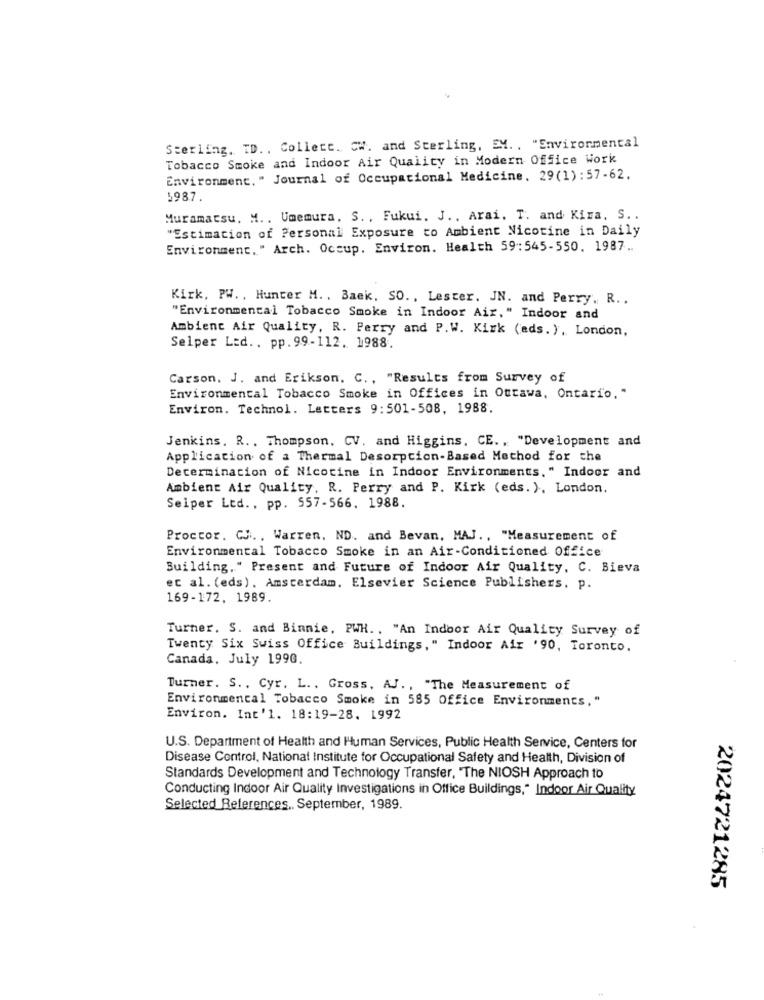
Sterling. TD .. Collett. Cw. and Sterling, EM .. "Environmental
Tobacco Smoke and Indoor Air Quality in Modern Office Work
Environment. " Journal of Occupational Medicine. 29(1):57-62.
5987.
Muramatsu. M .. Umemura. S ., Fukui. J ., Arai. T. and Kira. S ..
"Estimation of Personal Exposure to Ambient Nicotine in Daily
Environment. " Arch. Occup. Environ. Health 59:545-550. 1987 ..
Kirk, PW ., Hunter M. . Baek. SO ., Lester. JN. and Perry. R ..
"Environmental Tobacco Smoke in Indoor Air," Indoor and
Ambient Air Quality, R. Perry and P.W. Kirk (eds. ), London,
Selper Led .. pp.99-112. 1988.
Carson, J. and Erikson. C ., "Results from Survey of
Environmental Tobacco Smoke in Offices in Ottawa, Ontario, "
Environ. Technol. Letters 9:501-508, 1988.
Jenkins. R .. Thompson. CV. and Higgins. CE .. "Development and
Application of a Thermal Desorption-Based Method for the
Determination of Nicotine in Indoor Environments." Indoor and
Ambient Air Quality, R. Perry and P. Kirk (eds. ), London.
Seiper Ltd ., pp. 557-566. 1988.
Proctor. CJ ... Warren. ND. and Bevan, MAJ ., "Measurement of
Environmental Tobacco Smoke in an Air-Conditioned Office
Building," Present and Future of Indoor Air Quality, C. Bieva
et al. (eds). Amsterdam. Elsevier Science Publishers, p.
169-172, 1989.
Turner. S. and Binnie, PWH .. "An Indoor Air Quality Survey of
Twenty Six Swiss Office Buildings," Indoor Air '90, Toronto.
Canada, July 1990.
Turner. S ., Cyr. L ., Gross, AJ ., "The Measurement of
Environmental Tobacco Smoke in 585 Office Environments,"
Environ. Int'l. 18:19-28. 1992
U.S. Department of Health and Human Services, Public Health Service, Centers for
Disease Control, National Institute for Occupational Safety and Health, Division of
Standards Development and Technology Transfer, "The NIOSH Approach to
Conducting Indoor Air Quality Investigations in Office Buildings," Indoor Air Quality
Selected References ., September, 1989.
2024721285